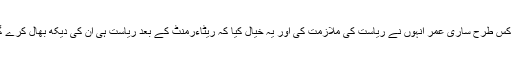
کہ کس طرح ساری عمر انہوں نے ریاست کی ملازمت کی اور یہ خیال کیا کہ ریٹاءرمنٹ کے بعد ریاست ہی ان کی دیکھ بھال کرے گی۔